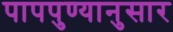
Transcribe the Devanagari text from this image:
पापपुण्यानुसार